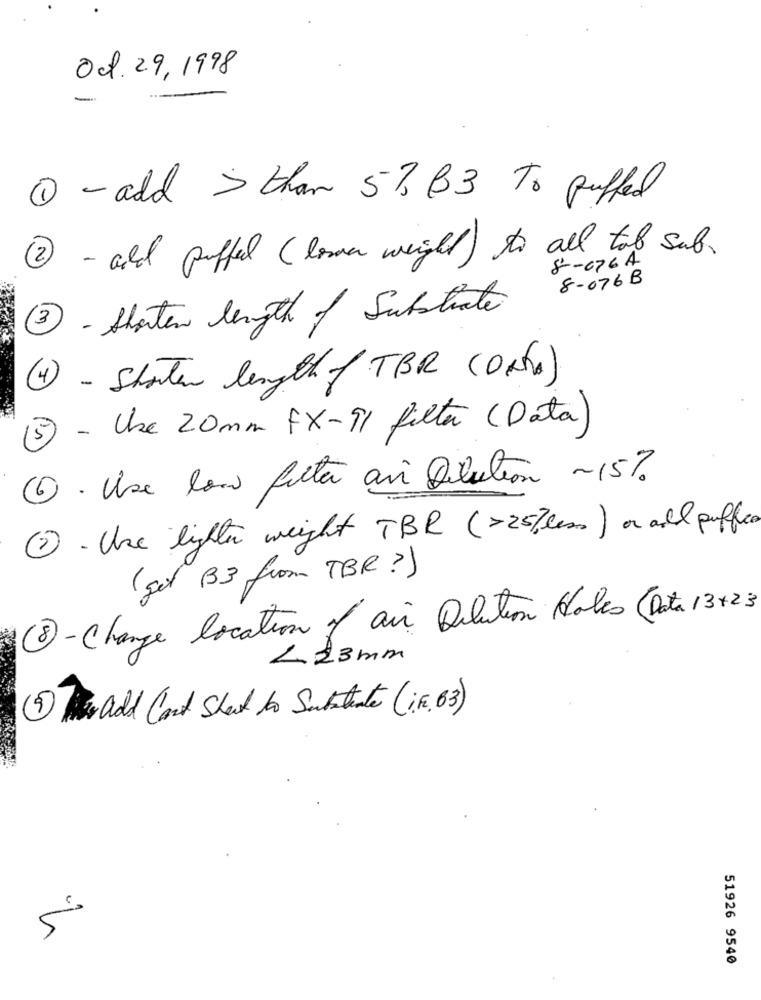
Oct. 29,1998
-
1 - add > than 5%, B3 To puffed
2 - add puffed ( lower weight ) to all tab sub .
8-076A
8-076 B
3 - Starten length of Substrate
4 - Shorter length of TBR (DATA)
5) - Use 20mm FX-Il filter (Data)
1. Use low feita ani Dilution ~15%
2. Use lighter weight TBR (>25% less ) or add puffec
(get (B3 from TBR?)
8 - Change location of air Dilution Holes (Data 13+23
L23mm
3) The ad Can't Sheet to Substrate (16.63)
5
51926 9540